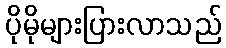
ပိုမိုများပြားလာသည်